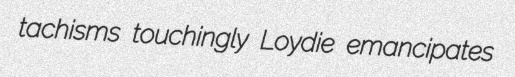
tachisms touchingly Loydie emancipates